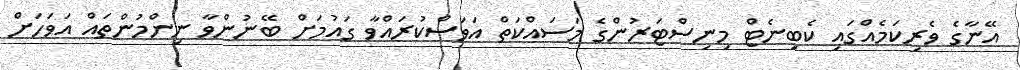
އޭނާގެ ވެރިކަމެއްގައި ކެބިނެޓް މިނިސްޓަރުންގެ މަސައްކަތް އަވަސްކުރައްވާ ގައުމަށް ބޭނުންވާ ނިންމުންތައް އަވަހަށް